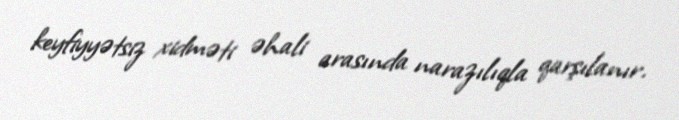
keyfiyyətsiz xidməti əhali arasında narazılıqla qarşılanır.